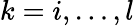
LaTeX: k=i,\dots,l